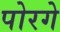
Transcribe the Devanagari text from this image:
पोरगे